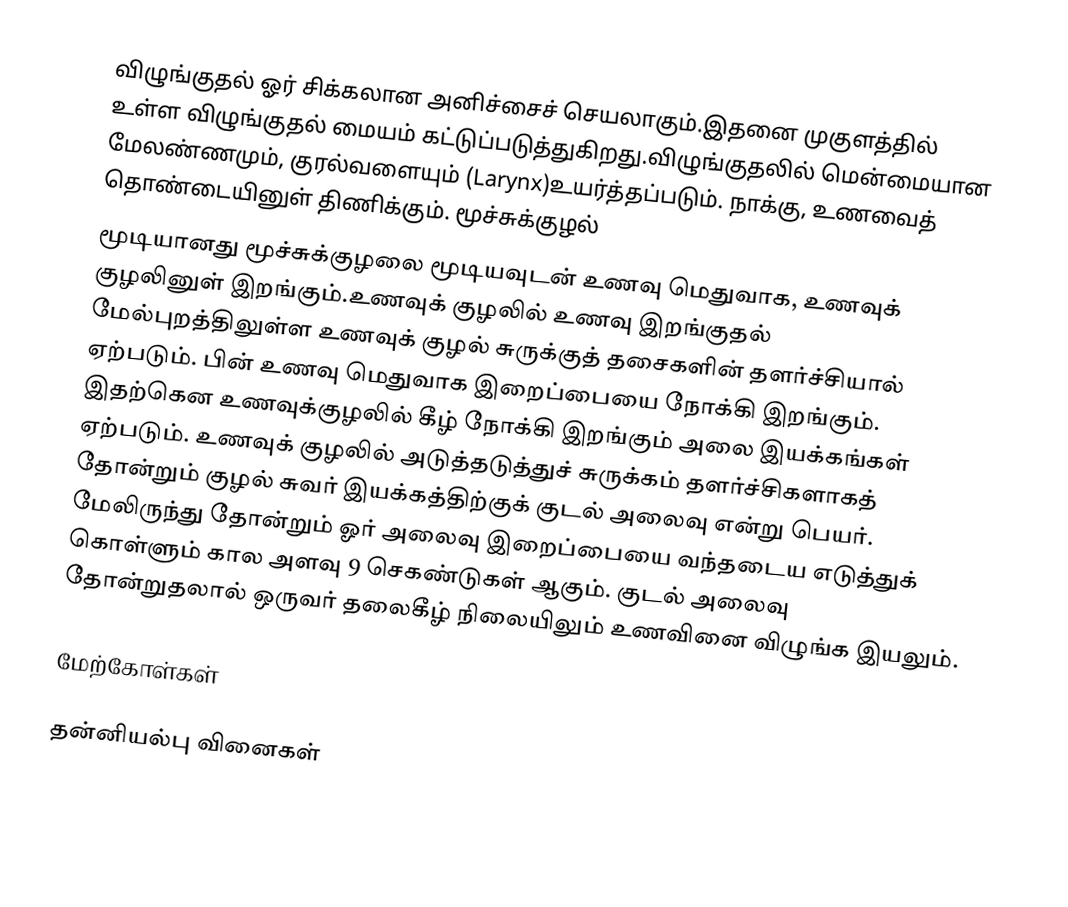
விழுங்குதல் ஓர் சிக்கலான அனிச்சைச் செயலாகும்.இதனை முகுளத்தில் உள்ள விழுங்குதல் மையம் கட்டுப்படுத்துகிறது.விழுங்குதலில் மென்மையான மேலண்ணமும், குரல்வளையும் (Larynx)உயர்த்தப்படும். நாக்கு, உணவைத் தொண்டையினுள் திணிக்கும். மூச்சுக்குழல்
மூடியானது மூச்சுக்குழலை மூடியவுடன் உணவு மெதுவாக, உணவுக் குழலினுள் இறங்கும்.உணவுக் குழலில் உணவு இறங்குதல் மேல்புறத்திலுள்ள உணவுக் குழல் சுருக்குத் தசைகளின் தளர்ச்சியால் ஏற்படும். பின் உணவு மெதுவாக இறைப்பையை நோக்கி இறங்கும். இதற்கென உணவுக்குழலில் கீழ் நோக்கி இறங்கும் அலை இயக்கங்கள் ஏற்படும். உணவுக் குழலில் அடுத்தடுத்துச் சுருக்கம் தளர்ச்சிகளாகத் தோன்றும் குழல் சுவர் இயக்கத்திற்குக் குடல் அலைவு என்று பெயர். மேலிருந்து தோன்றும் ஓர் அலைவு இறைப்பையை வந்தடைய எடுத்துக் கொள்ளும் கால அளவு 9 செகண்டுகள் ஆகும். குடல் அலைவு தோன்றுதலால் ஒருவர் தலைகீழ் நிலையிலும் உணவினை விழுங்க இயலும்.

மேற்கோள்கள்

தன்னியல்பு வினைகள்